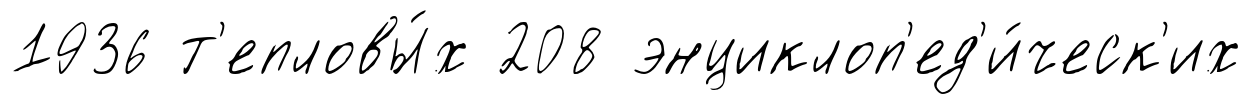
1936 т'епловы́х 208 энциклоп'ед'и́ческ'их